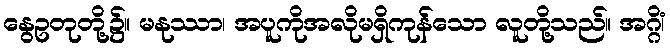
နွေဥတုတို့၌။ မနုဿာ၊ အပူကိုအလိုမရှိကုန်သော လူတို့သည်။ အဂ္ဂိံ၊